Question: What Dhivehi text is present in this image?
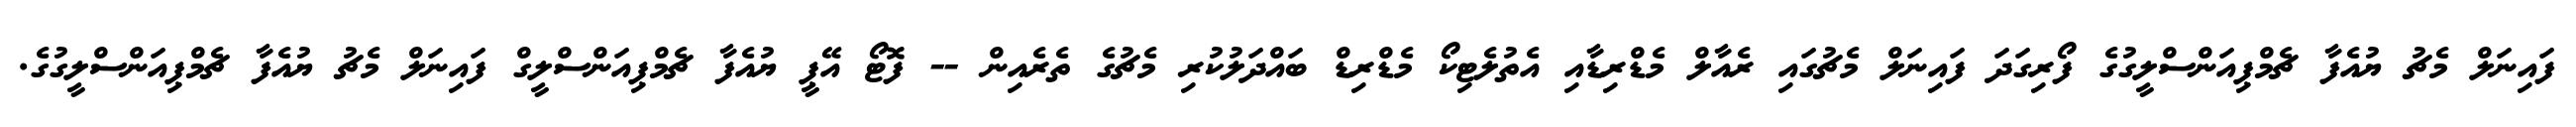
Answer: ފައިނަލް މެޗު ޔުއެފާ ޗެމްޕިއަންސްލީގުގެ ފޯރިގަދަ ފައިނަލް މެޗުގައި ރެއާލް މެޑްރިޑާއި އެތުލެޓިކޯ މެޑްރިޑް ބައްދަލުކުރި މެޗުގެ ތެރެއިން -- ފޮޓޯ އޭޕީ ޔުއެފާ ޗެމްޕިއަންސްލީގް ފައިނަލް މެޗު ޔުއެފާ ޗެމްޕިއަންސްލީގުގެ.